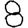
Digit: 8